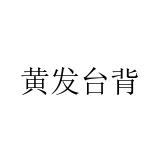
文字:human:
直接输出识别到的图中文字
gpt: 黄发台背